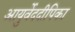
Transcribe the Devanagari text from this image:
आयुर्वेददीपिका